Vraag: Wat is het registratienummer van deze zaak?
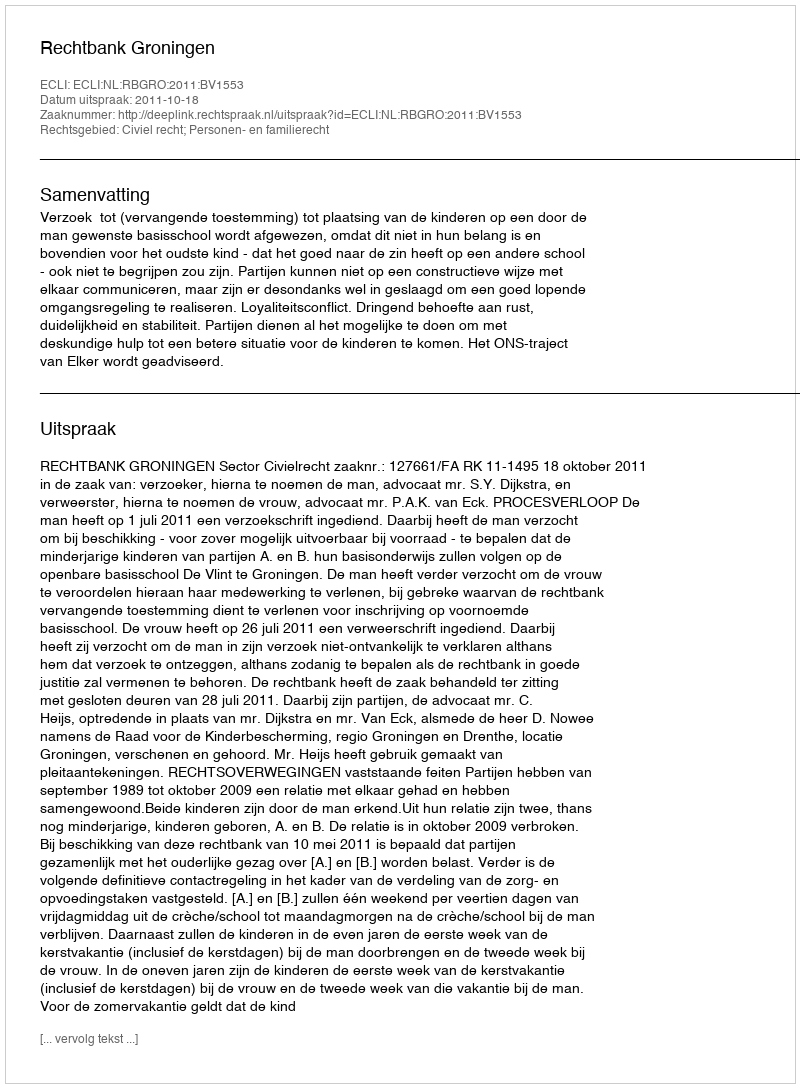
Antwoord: http://deeplink.rechtspraak.nl/uitspraak?id=ECLI:NL:RBGRO:2011:BV1553